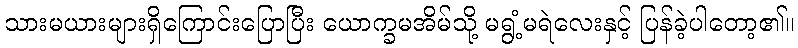
သားမယားများရှိကြောင်းပြောပြီး ယောက္ခမအိမ်သို့ မရွံ့မရဲလေးနှင့် ပြန်ခဲ့ပါတော့၏။